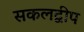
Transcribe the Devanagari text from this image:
सकलद्वीप